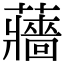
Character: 蘠